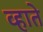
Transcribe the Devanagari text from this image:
व्हाते